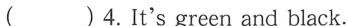
( )4.It's green and black.